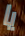
يا